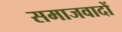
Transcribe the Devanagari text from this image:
समाजवादों